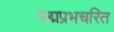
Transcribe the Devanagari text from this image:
पद्मप्रभचरित